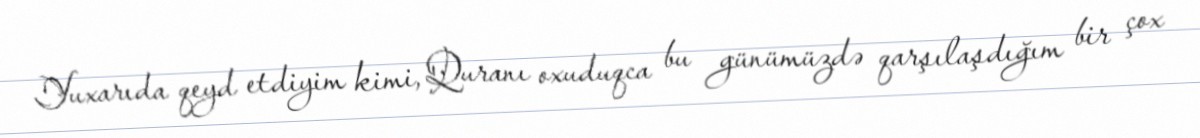
Yuxarıda qeyd etdiyim kimi, Quranı oxuduqca bu günümüzdə qarşılaşdığım bir çox